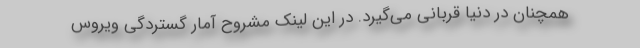
همچنان در دنیا قربانی می‌گیرد. در این لینک مشروح آمار گستردگی ویروس